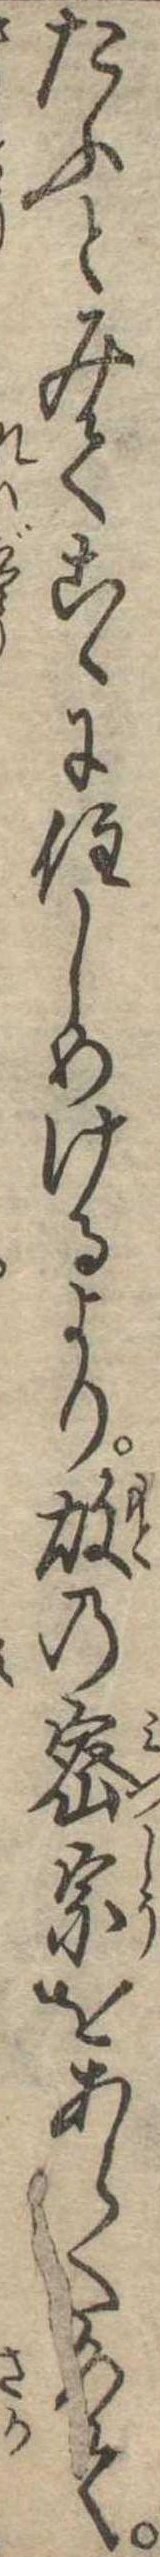
たふとみてこゝに住しめけるより故の密宗をあらためて